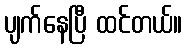
ပျက်နေပြီ ထင်တယ်။